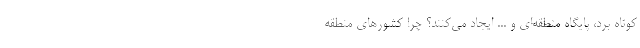
کوتاه برد، پایگاه منطقه‌ای و ... ایجاد می‌کنند؟ چرا کشورهای منطقه